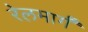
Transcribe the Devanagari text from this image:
रेलमार्गं